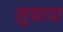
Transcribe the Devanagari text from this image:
लुफापा